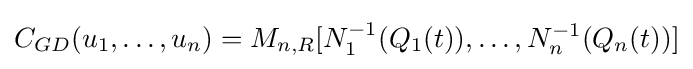
C_{GD}(u_{1},\ldots ,u_{n})=M_{n,R}[N_{1}^{-1}(Q_{1}(t)),\ldots ,N_{n}^{-1}(Q_{n}(t))]